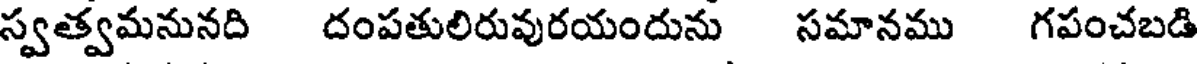
స్వత్వమనునది దంపతులిరువురయందును సమానము గపంచబడి